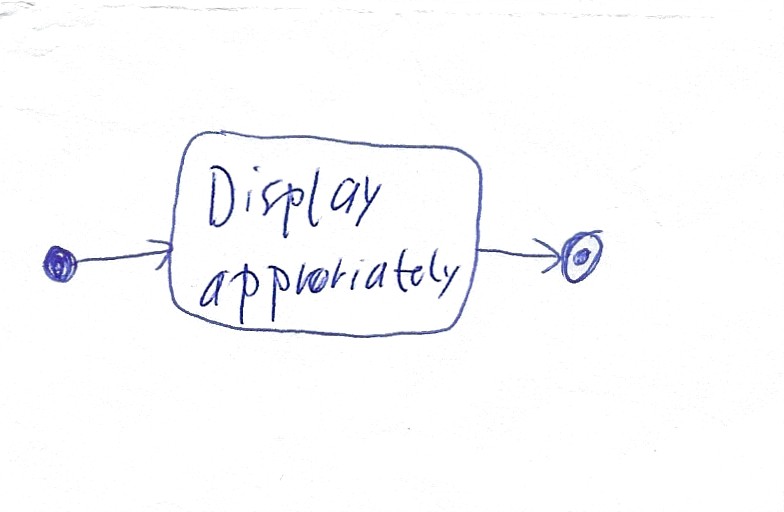
Diagram type: activity_diagram
```plantuml
@startuml

start

:Display appropriately;

stop

@enduml
```